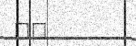
١١